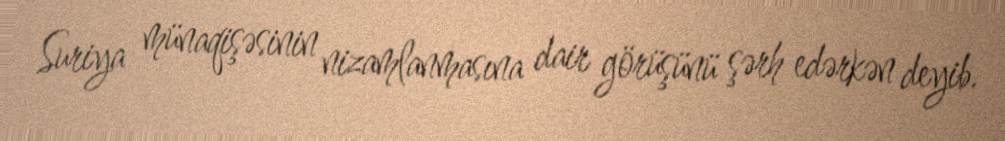
Suriya münaqişəsinin nizamlanmasına dair görüşünü şərh edərkən deyib.